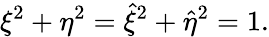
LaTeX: \xi^{2}+\eta^{2}=\hat{\xi}^{2}+\hat{\eta}^{2}=1.